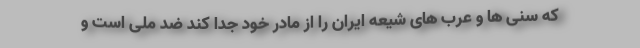
که سنی ها و عرب های شیعه ایران را از مادر خود جدا کند ضد ملی است و